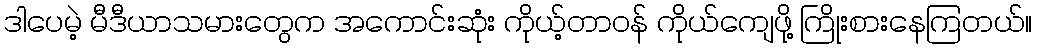
ဒါပေမဲ့ မီဒီယာသမားတွေက အကောင်းဆုံး ကိုယ့်တာဝန် ကိုယ်ကျေဖို့ ကြိုးစားနေကြတယ်။